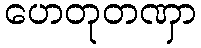
ဟေတုတဏှာ